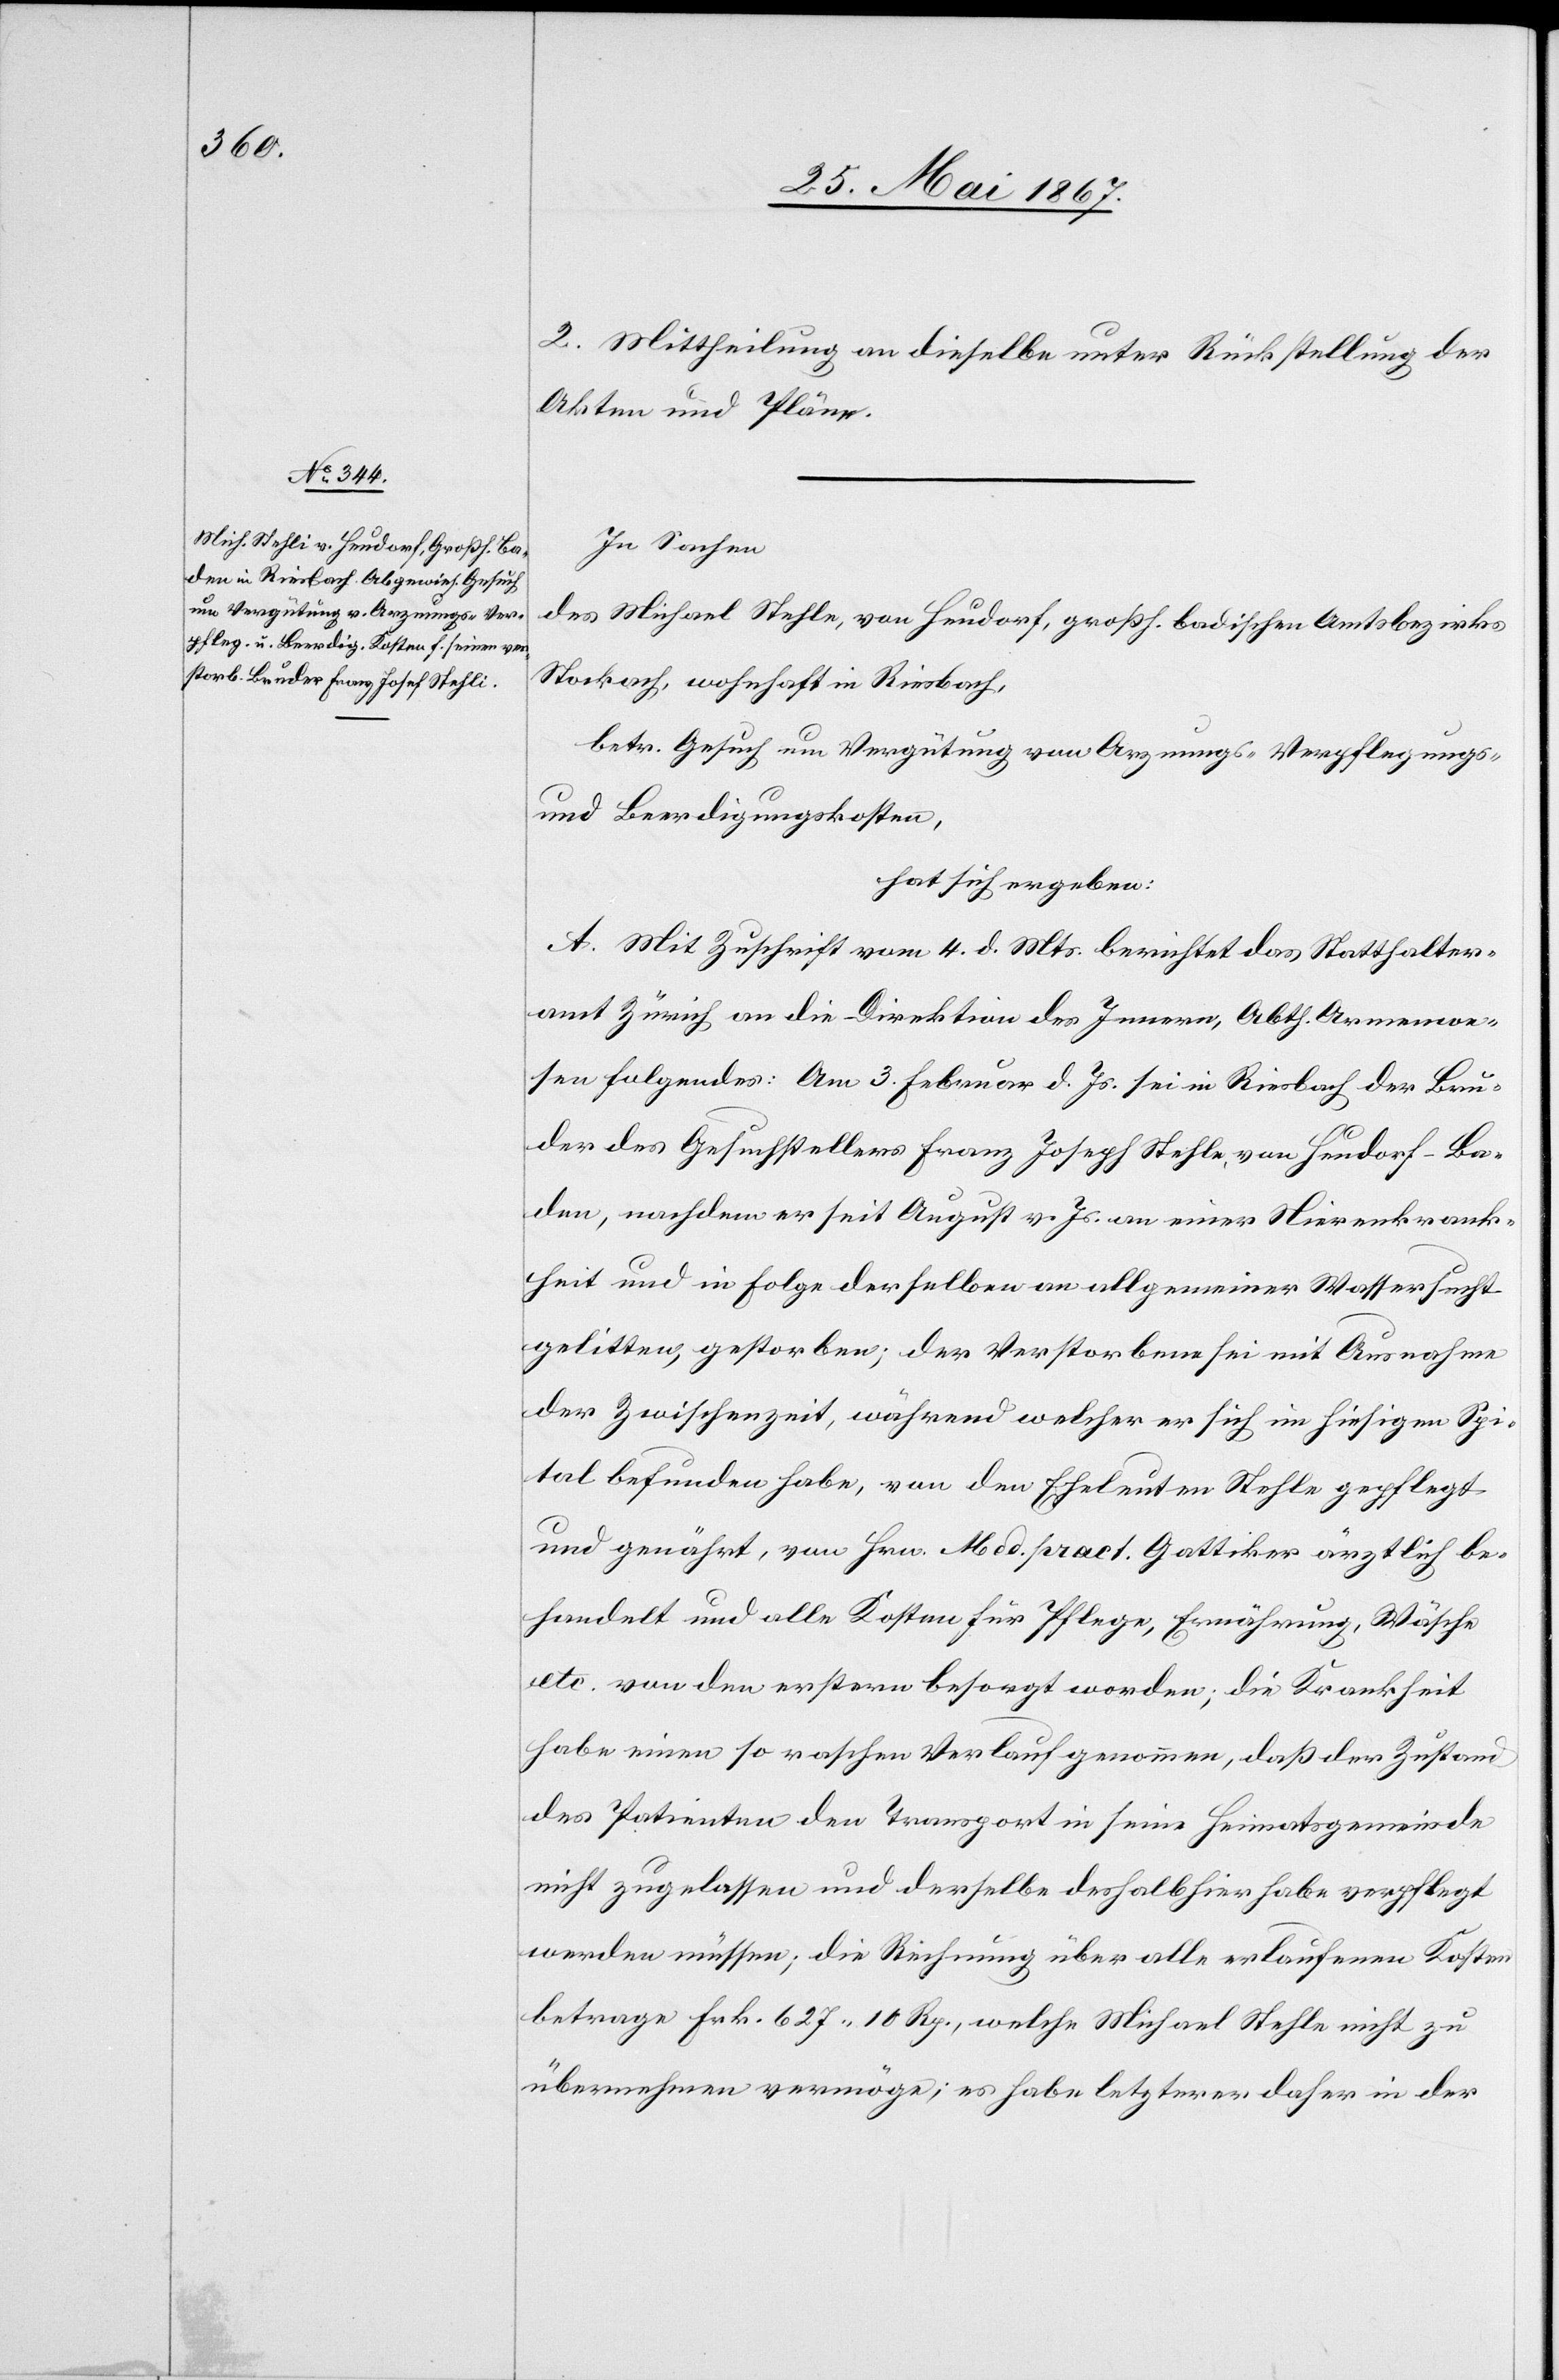
2. Mittheilung an dieselbe unter Rückstellung der
Akten und Pläne.
In Sachen
des Michael Stehle [sic!], von Heudorf, großh. badischen Amtsbezirks
Stockach, wohnhaft in Riesbach,
betr. Gesuch um Vergütung von Arznungs-[,] Verpflegungs-
und Beerdigungskosten,
hat sich ergeben:
A. Mit Zuschrift vom 4. d. Mts. berichtet das Statthalter¬
amt Zürich an die Direktion des Innern, Abth. Armenwe¬
sen folgendes: Am 3. Februar d. Js. sei in Riesbach der Bru¬
der des Gesuchstellers Franz Joseph Stehle, von Heudorf-Ba¬
den, nachdem er seit August v. Js. an einer Nierenkrank¬
heit und in Folge derselben an allgemeiner Wassersucht
gelitten, gestorben; der Verstorbene sei mit Ausnahme
der Zwischenzeit, während welcher er sich im hiesigen Spi¬
tal befunden habe, von den Eheleuten Stehle gepflegt
und genährt, von Hrn. Med. pract. Gattiker ärztlich be¬
handelt und alle Kosten für Pflege, Ernährung, Wäsche
etc. von den erstern besorgt worden; die Krankheit
habe einen so raschen Verlauf genommen, daß der Zustand
des Patienten den Transport in seine Heimatsgemeinde
nicht zugelassen und derselbe deshalb hier habe verpflegt
werden müssen; die Rechnung über alle erlaufenen Kosten
betrage Frk. 627, 10 Rp., welche Michael Stehle nicht zu
übernehmen vermöge; es habe letzterer daher in der